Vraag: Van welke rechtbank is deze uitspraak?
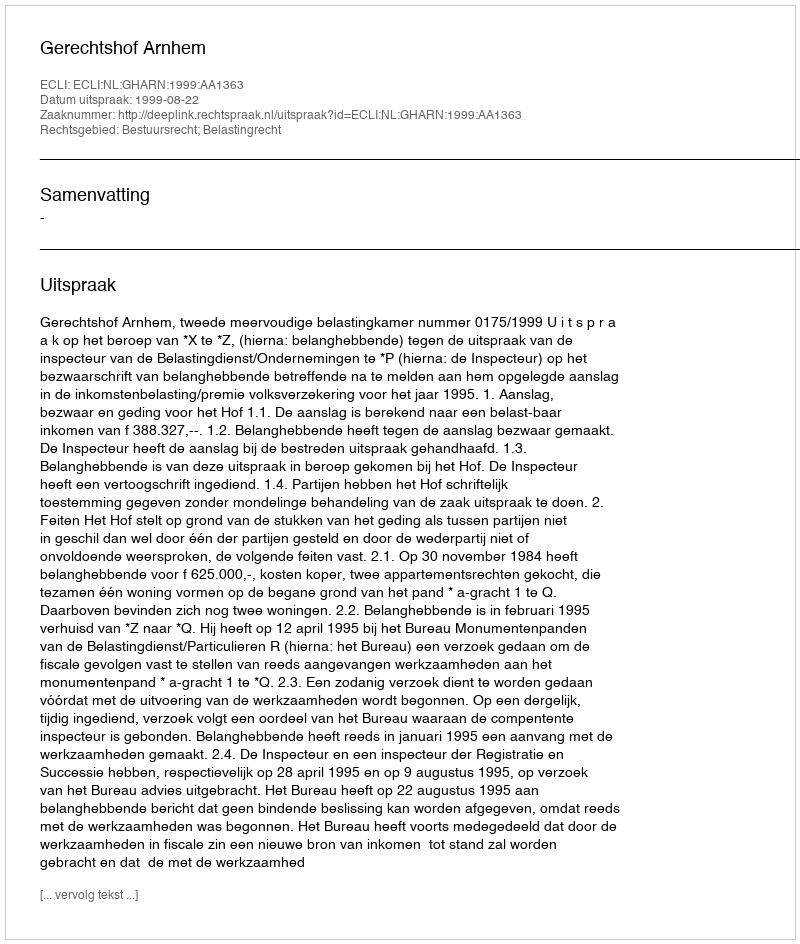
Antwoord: Gerechtshof Arnhem